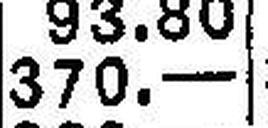
370.—